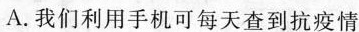
A.我们利用手机可每天查到抗疫情